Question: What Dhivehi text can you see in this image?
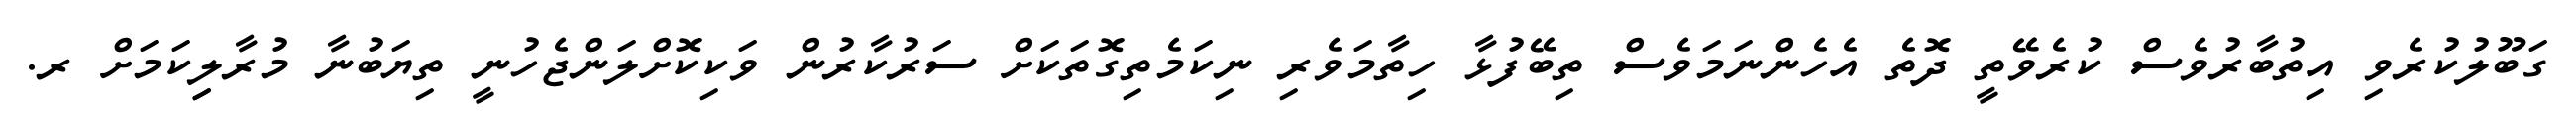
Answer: ގަބޫލުކުރެވި އިތުބާރުވެސް ކުރެވޭތީ ދޮތެ އެހެންނަމަވެސް ތިބޭފުޅާ ހިތާމަވެރި ނިކަމެތިގޮތަކަށް ސަރުކާރުން ވަކިކޮށްލަންޖެހުނީ ތިޔަބުނާ މުރާލިިކަމަށް ރ.